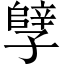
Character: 𫲲